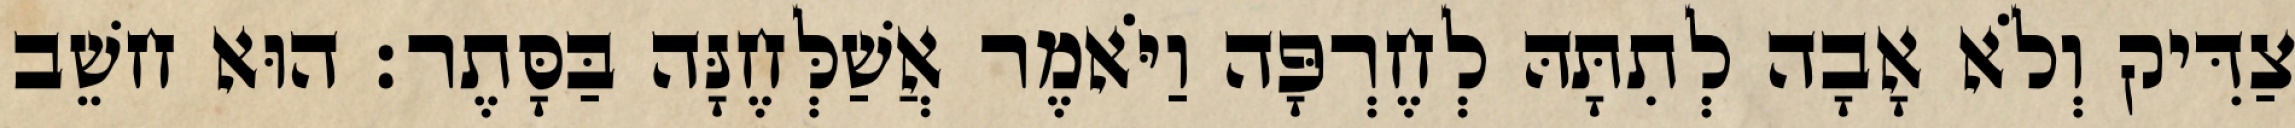
צַדִּיק וְלֹא אָבָה לְתִתָּהּ לְחֶרְפָּה וַיֹּאמֶר אֲשַׁלְּחֶנָּה בַּסָּתֶר׃ הוּא חשֵׁב